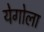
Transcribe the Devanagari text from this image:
येगोला